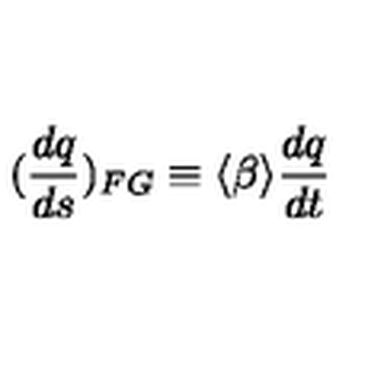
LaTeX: ( \frac { d q } { d s } ) _ { F G } \equiv \langle \beta \rangle \frac { d q } { d t }